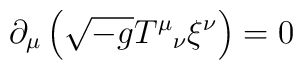
\partial_{\mu} \left( \sqrt{-g} T^{\mu}{}_{\nu} \xi^{\nu} \right) = 0